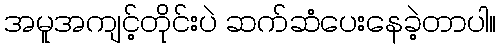
အမူအကျင့်တိုင်းပဲ ဆက်ဆံပေးနေခဲ့တာပါ။